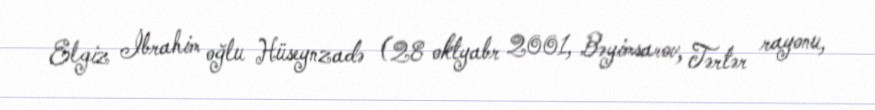
Elgiz İbrahim oğlu Hüseynzadə (28 oktyabr 2001, Bəyimsarov, Tərtər rayonu,